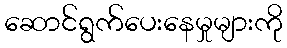
ဆောင်ရွက်ပေးနေမှုများကို